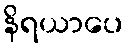
နိရယာပေ